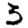
Digit: 3